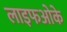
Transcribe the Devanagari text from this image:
लाइफओके